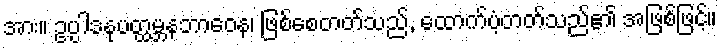
အား။ ဥပ္ပါဒနုပတ္ထမ္ဘနဘာဝေန၊ ဖြစ်စေတတ်သည်, ထောက်ပံ့တတ်သည်၏ အဖြစ်ဖြင့်။